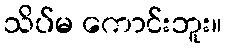
သိပ်မ ကောင်းဘူး။